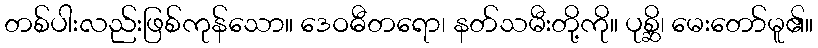
တစ်ပါးလည်းဖြစ်ကုန်သော။ ဒေဝဓီတရော၊ နတ်သမီးတို့ကို။ ပုစ္ဆိ၊ မေးတော်မူ၏။